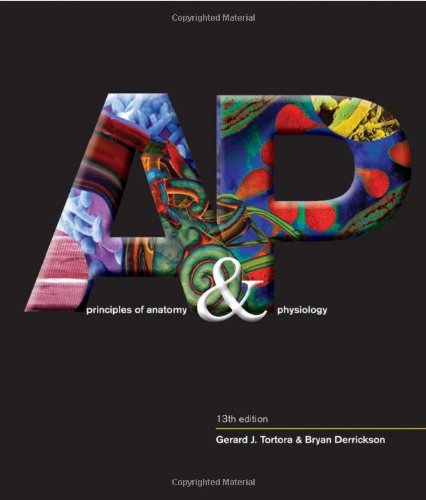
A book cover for Principles of Anatomy and Physiology; Gerard J. Tortora; Medical Books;